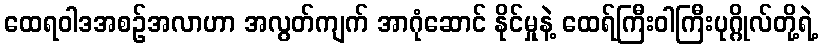
ထေရဝါဒအစဉ်အလာဟာ အလွတ်ကျက် အာဂုံဆောင် နိုင်မှုနဲ့ ထေရ်ကြီးဝါကြီးပုဂ္ဂိုလ်တို့ရဲ့